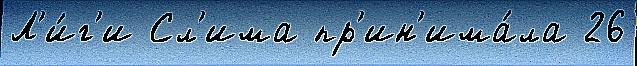
Л'и́г'и Сл'има пр'ин'има́ла 26